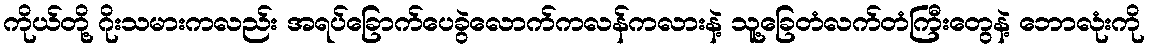
ကိုယ်တို့ ဂိုးသမားကလည်း အရပ်ခြောက်ပေခွဲလောက်ကလန်ကလားနဲ့ သူ့ခြေတံလက်တံကြီးတွေနဲ့ ဘောလုံးကို